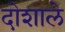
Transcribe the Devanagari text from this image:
दोशाले